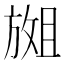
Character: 𫿇